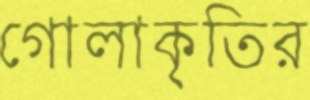
গোলাকৃতির